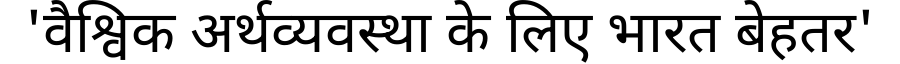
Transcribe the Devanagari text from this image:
'वैश्विक अर्थव्यवस्था के लिए भारत बेहतर'